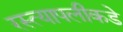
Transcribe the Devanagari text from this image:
रस्त्यापलीकडे